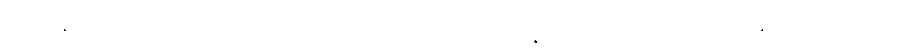
အကျွန်ုပ်သည် မေမေ့ စကားကို ကြားရသော အခါ ဘယ်ရွေ့ ဘယ်မျှ ဝမ်းသာ ကြည်နူးမိမှန်း ပြန် လည်